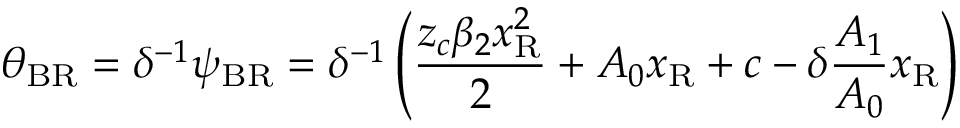
\theta _ { \mathrm { { B R } } } = \delta ^ { - 1 } \psi _ { \mathrm { { B R } } } = \delta ^ { - 1 } \left( \frac { z _ { c } \beta _ { 2 } x _ { \mathrm { { R } } } ^ { 2 } } { 2 } + A _ { 0 } x _ { \mathrm { { R } } } + c - \delta \frac { A _ { 1 } } { A _ { 0 } } x _ { \mathrm { { R } } } \right)